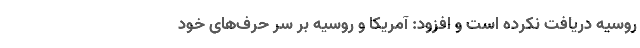
روسیه دریافت نکرده است و افزود: آمریکا و روسیه بر سر حرف‌های خود